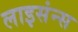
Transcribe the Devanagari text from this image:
लाइसंन्स